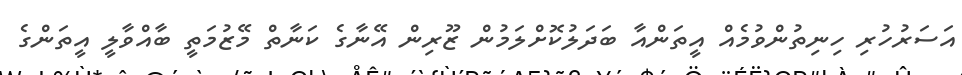
އަސަރުހުރި ހިނިތުންވުމެއް އީތަންއާ ބަދަލުކޮށްލަމުން ޒޫރިން އޭނާގެ ކަނާތް މޭޒުމަތީ ބާއްވާލީ އީތަންގެ